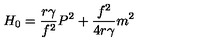
H _ { 0 } = \frac { r { \gamma } } { f ^ { 2 } } P ^ { 2 } + \frac { f ^ { 2 } } { 4 r { \gamma } } m ^ { 2 }